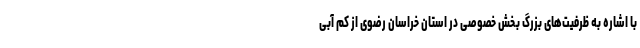
با اشاره به ظرفیت‌های بزرگ بخش خصوصی در استان خراسان رضوی از کم آبی